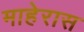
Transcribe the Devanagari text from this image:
माहेरास